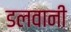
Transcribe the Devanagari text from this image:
डलवानी